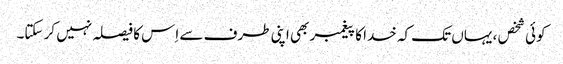
کوئی شخص ، یہاں تک کہ خدا کا پیغمبر بھی اپنی طرف سے اِس کا فیصلہ نہیں کر سکتا۔